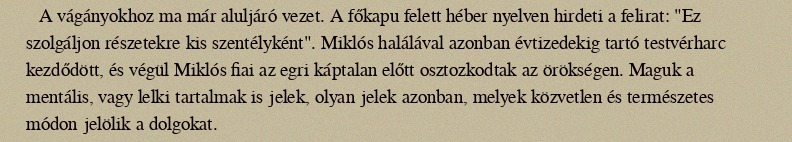
A vágányokhoz ma már aluljáró vezet. A főkapu felett héber nyelven hirdeti a felirat: "Ez szolgáljon részetekre kis szentélyként". Miklós halálával azonban évtizedekig tartó testvérharc kezdődött, és végül Miklós fiai az egri káptalan előtt osztozkodtak az örökségen. Maguk a mentális, vagy lelki tartalmak is jelek, olyan jelek azonban, melyek közvetlen és természetes módon jelölik a dolgokat.